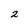
Character: 2